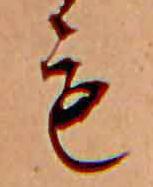
も